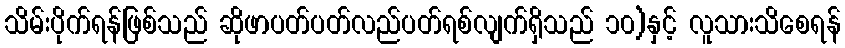
သိမ်းပိုက်ရန်ဖြစ်သည် ဆိုဖာပတ်ပတ်လည်ပတ်ရစ်လျက်ရှိသည် ၁၀)နှင့် လူသားသိစေရန်